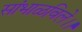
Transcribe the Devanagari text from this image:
सांभाळविले।।